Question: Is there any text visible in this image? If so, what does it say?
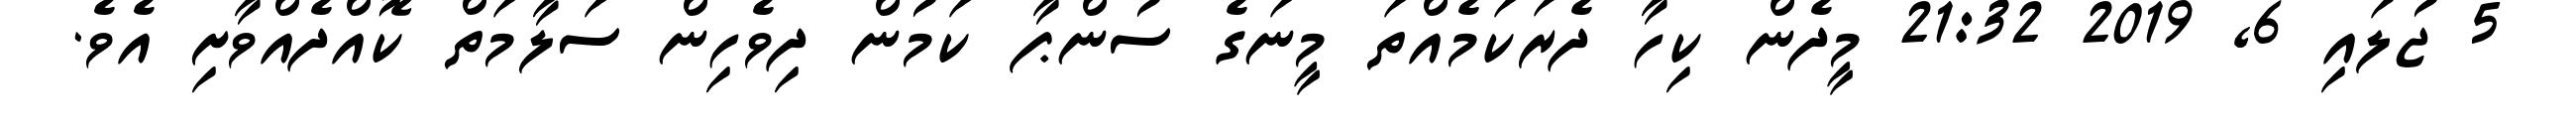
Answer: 5 ޖުލައި 6, 2019 21:32 މީދެން ކިހާ ދެރަކަމެއްތަ މީނަގެ ސުންޕާ ކަމުން ދިވެހިން ސަލާމަތް ކޮއްދެއްވާށި އެވެ.